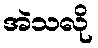
အဲသလို